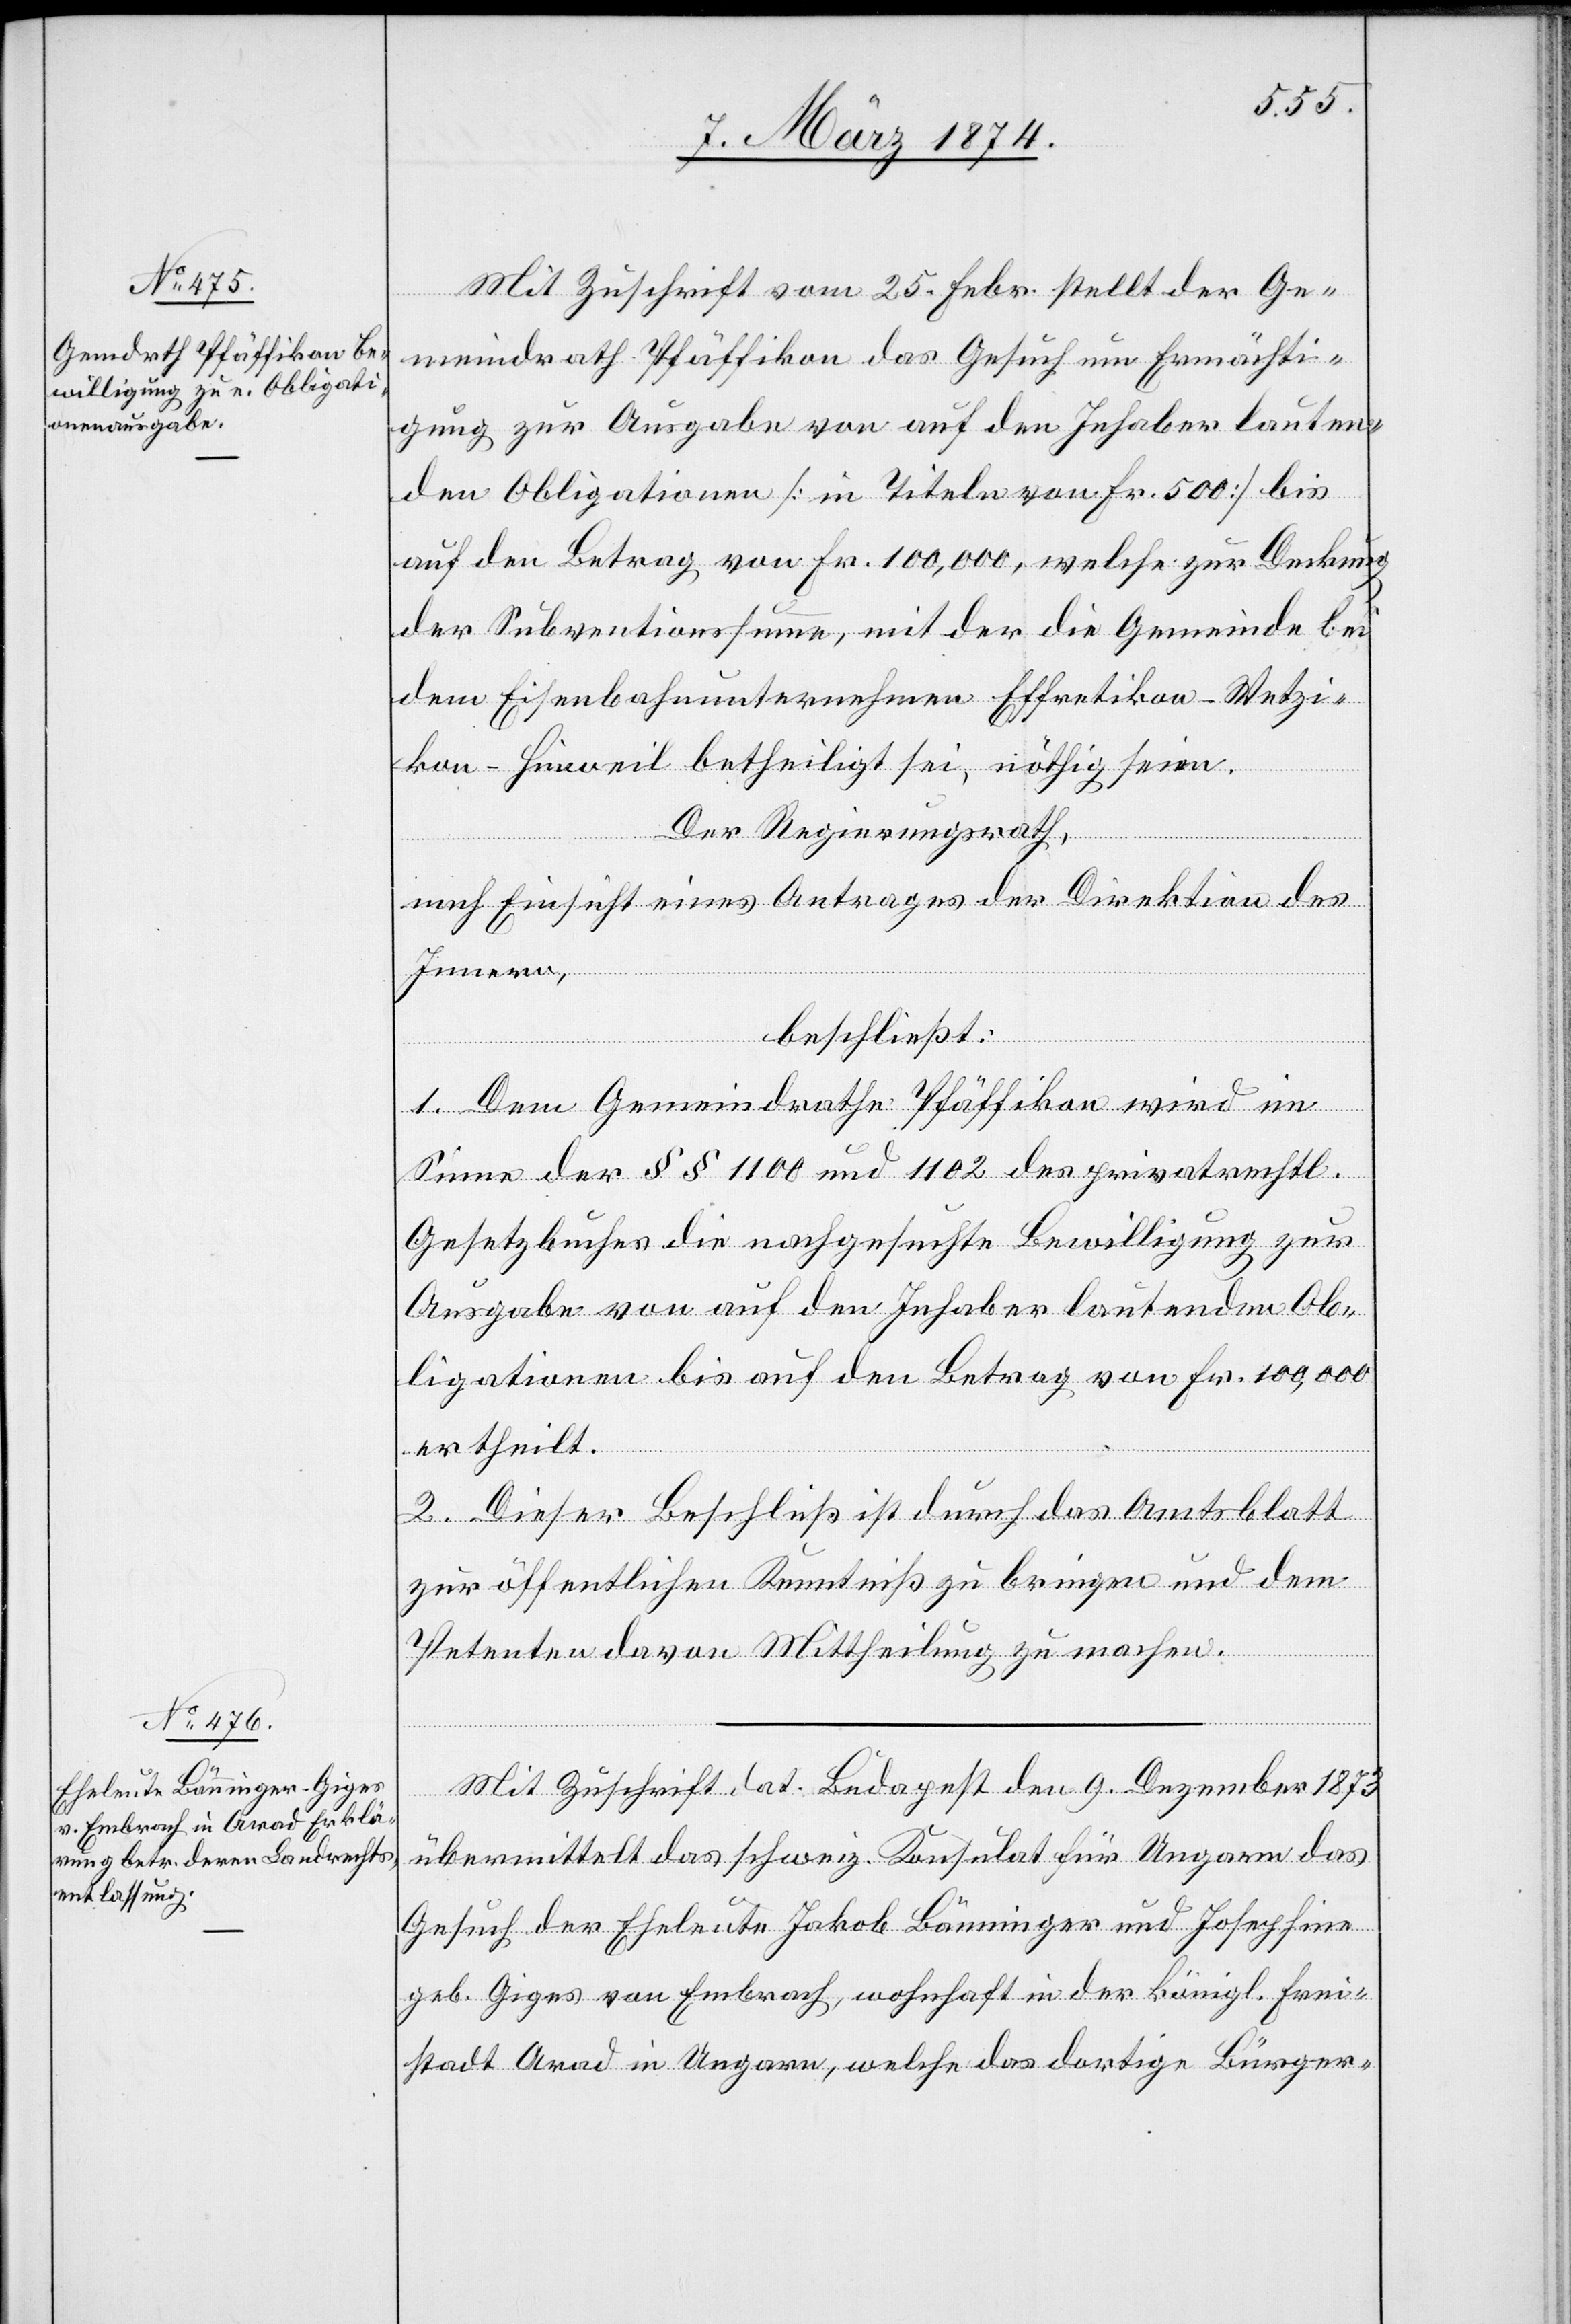
Mit Zuschrift vom 25. Febr. stellt der Ge¬
meindrath Pfäffikon das Gesuch um Ermächti¬
gung zur Ausgabe von auf den Inhaber lauten¬
den Obligationen [in Titeln von Fr. 500] bis
auf den Betrag von Fr. 100,000, welche zur Deckung
der Subventionssumme, mit der die Gemeinde bei
dem Eisenbahnunternehmen Effretikon-Wetzi¬
kon-Hinweil betheiligt sei, nöthig seien.
Der Regierungsrath,
nach Einsicht eines Antrages der Direktion des
Innern,
beschließt:
1. Dem Gemeindrath Pfäffikon wird im
Sinne der §§ 1100 und 1102 des privatrechtl.
Gesetzbuches die nachgesuchte Bewilligung zur
Ausgabe von auf den Inhaber lautenden Ob¬
ligationen bis auf den Betrag von Fr. 100,000
ertheilt.
2. Dieser Beschluß ist durch das Amtsblatt
zur öffentlichen Kenntniß zu bringen und dem
Petenten davon Mittheilung zu machen.
Mit Zuschrift dat. Budapest den 9. Dezember 1873
übermittelt das schweiz. Konsulat für Ungarn das
Gesuch der Eheleute Jakob Bänninger und Josephine
geb. Giger von Embrach, wohnhaft in der königl. Frei¬
stadt Arad in Ungarn, welche das dortige Bürger-